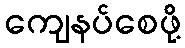
ကျေနပ်စေဖို့